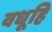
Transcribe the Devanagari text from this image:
वधूहि